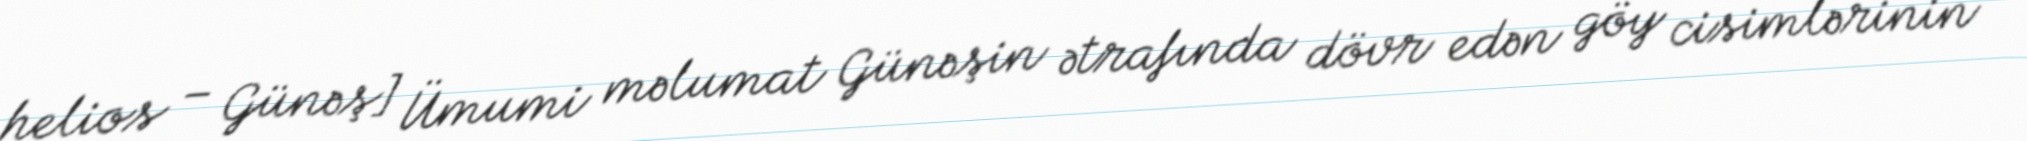
helios – Günəş] Ümumi məlumat Günəşin ətrafında dövr edən göy cisimlərinin